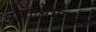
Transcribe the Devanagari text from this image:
लौगाक्षिभास्कर